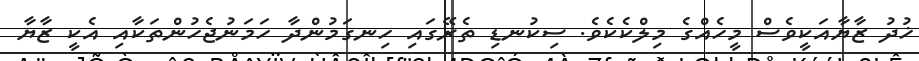
ޚުދު ޒާޔާއަކީވެސް މީހެއްގެ މިލްކެކެވެ. ސިކުނޑި ތެރޭގައި ހިނގަމުންދާ ހަމަނުޖެހުންތަކާއި އެކީ ޒާޔާ